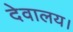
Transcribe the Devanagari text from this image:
देवालय।